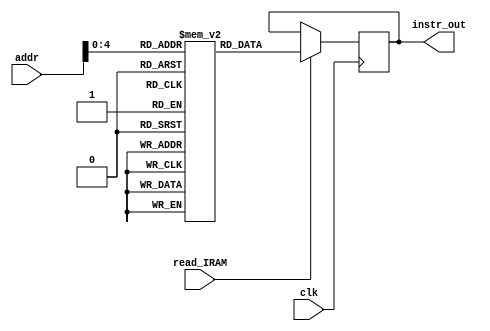
module instr_memory_xor(input clk,
input read_IRAM,
input [7:0] addr,//256 locations
output reg [7:0] instr_out);

reg [7:0] ram [16:0];
parameter idle = 8'd0;
parameter ldac = 8'd4;
parameter ldacm = 8'd8;
parameter stac = 8'd11;
parameter clac = 8'd19;
parameter movr = 8'd20;
parameter movra = 8'd21;
parameter movrb = 8'd22;
parameter movro = 8'd23;
parameter movrn = 8'd24; //
parameter movrp = 8'd25;
parameter movrc = 8'd26;
parameter movrr = 8'd27;
parameter movrt = 8'd28;
parameter mvacra = 8'd29;
parameter mvacrb = 8'd30;
parameter mvacro = 8'd31;
parameter mvacrn = 8'd32; //
parameter mvacrp = 8'd33;
parameter mvacrc = 8'd34;
parameter mvacrr = 8'd35;
parameter mvacrt = 8'd36;
parameter add = 8'd37;
parameter mul = 8'd38;
parameter sub = 8'd39;
parameter inc = 8'd40;
parameter dec = 8'd41;
parameter jpnz = 8'd42;
parameter endop = 8'd46;
parameter movrcol1 = 6'd47;
parameter mvacrcol1 = 6'd48;
parameter movrcol2 = 6'd49;
parameter mvacrcol2 = 6'd50;
parameter xorop = 6'd51;



initial begin
ram[0] = clac;
ram[1] = ldac;
ram[2] = 8'd4;	//load data memory location of matrix size
ram[3] = 8'd0;
ram[4] = ldacm;
ram[5] = movr;
ram[6] = ldac;
ram[7] = 8'd4;
ram[8] = 8'd1;
ram[9] = ldacm;
ram[10] = xorop;
ram[11] = movrt;
ram[12] = ldac;
ram[13] = 8'd4;
ram[14] = 8'd2;
ram[15] = stac;
ram[16] = endop;

end

always @(posedge clk) 
begin
if (read_IRAM == 1)
instr_out <= ram[addr];
end

endmodule